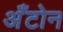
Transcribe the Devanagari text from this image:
अँटोन